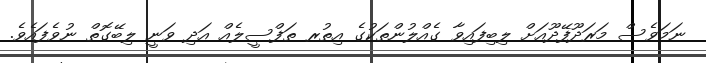
ނަމަވެސް މަރަދޫފޭދޫއަށް ލިބިފައިވާ ގެއްލުންތަކުގެ އިތުރ ތަފްސީލެއް އަދި ވަނީ ލިބޭގޮތް ނުވެފައެވެ.